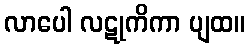
လာပေါ လဋုကိကာ ပျထ။